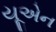
યૂએન